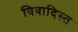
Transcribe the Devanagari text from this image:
विवादिस्त